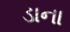
ડાના